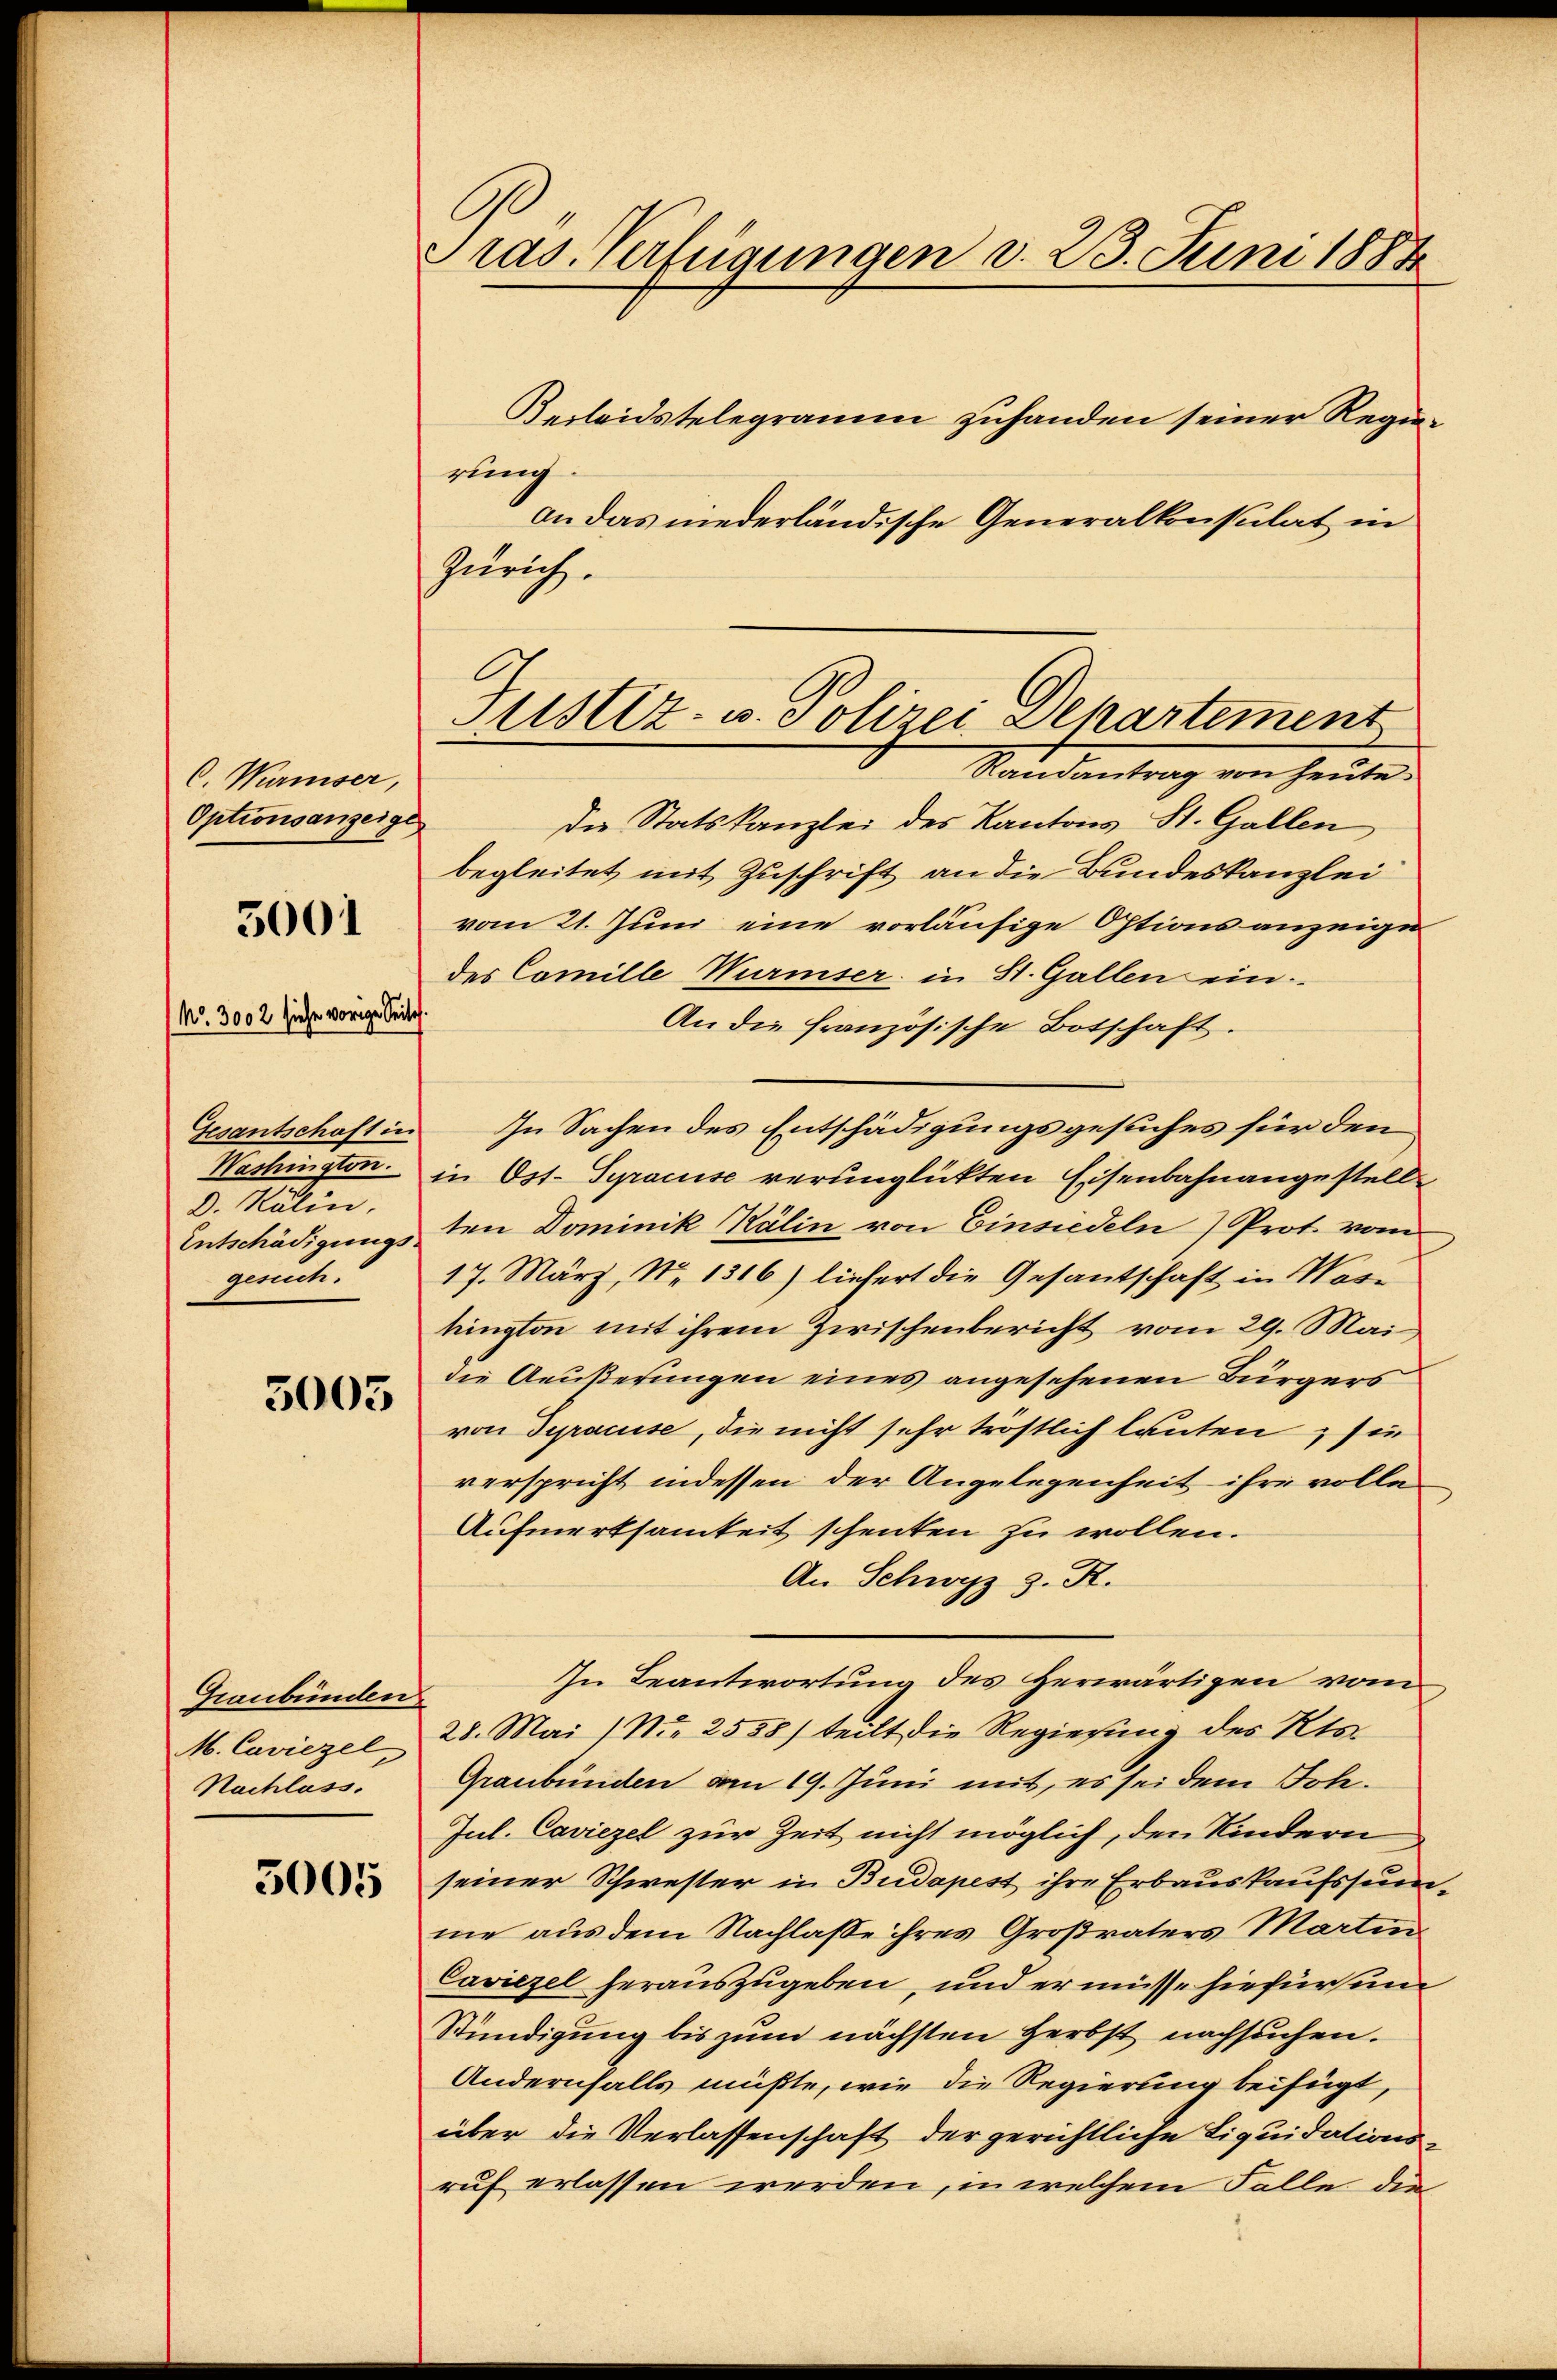
C. Waiser,
Optionsanzeige

5001

No. 3002 siehe vorige Seite

Gesantschaft in
Washington.
D. Kälin.
Entschädigungs.
gesuch.

5005

Graubünden
M. Caviezel,
Nachlass.

3005

ras. Verfügungen d. 23. Juni 1884

Verleidstelegramm zuhanden seiner Regierung.
an das niederländische Generalkonsulat in
Zürich.
die Statskanzlei des Kantons St. Gallen,
begleitet mit Zuschrift an die Bundeskanzlei
vom 21. Juni eine vorläufige Options anzeige
des Comille Wurmser in St. Gallen ein-
An die französische Botschaft.
In Sachen des Entschädigungsgesuches für den
in Ost- Syracuse verunglückten Eisenbahnangestell
ten Dominik Kälin von Einsiedeln) Prot. vom
17. März, No 1316) liefert die Gesantschaft in Wase
kington mit ihrem Zwischenbericht vom 29. Mai,
die Aeußerungen eines angesehenen Bürgers
von Dyracuise, die nicht sehr tröstlich lauten, sie
verspricht indessen der Angelegenheit ihre volle
Aufmerksamkeit schenten zu wollen.
An Schwyz z. R.
In Beantwortung des Herwärtigen vom
28. Mai (Nr. 2558) teilt die Regierung des Kts.
Graubünden am 19. Juni mit, es sei dem Tole.
Jul. Caviezel zur Zeit nicht möglich, den Kindern
seiner Schwester in Budapest ihre Erbauskaufssumme aus dem Nachlasse ihres Großraters Martin
Caviezel herauszugeben, und er müsse hiefür un
Stündigung bis zum nächsten Herbst nachsuchen.
Andernfalls müßte, wie die Regierung beifügt,
über die Verlassenschaft der gerichtliche Liquidationsruf erlassen werden, in welchem Falle die

Sistiz- u. Polizei Departement
Randantrag von heute